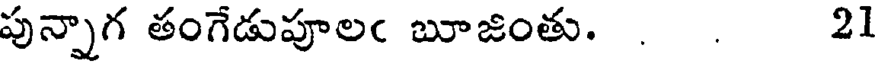
పున్నాగ తంగేడుపూలఁ బూజింతు. . . 21